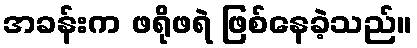
အခန်းက ဖရိုဖရဲ ဖြစ်နေခဲ့သည်။